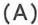
(A)